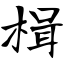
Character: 楫